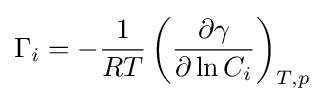
\Gamma _{i}=-{\frac {1}{RT}}\left({\frac {\partial \gamma }{\partial \ln C_{i}}}\right)_{T,p}